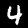
Digit: 4